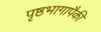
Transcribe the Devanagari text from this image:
पृष्ठभागापैकी